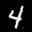
Label: 4